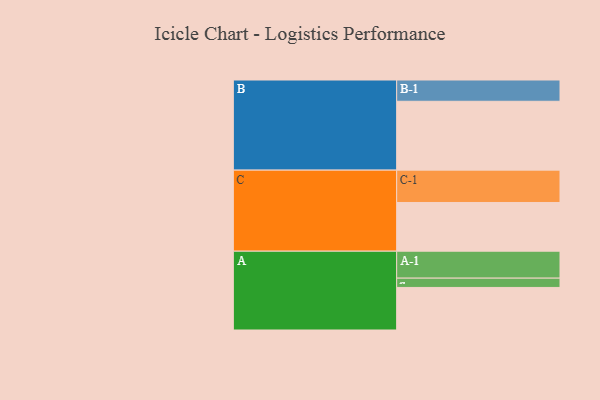
{"axis": {"x": "Segment", "y": "Value"}, "legend": ["", "A", "B", "C"], "data": [{"x": "A", "y": 338, "type": ""}, {"x": "B", "y": 547, "type": ""}, {"x": "C", "y": 387, "type": ""}, {"x": "A-1", "y": 214, "type": "A"}, {"x": "A-2", "y": 74, "type": "A"}, {"x": "B-1", "y": 169, "type": "B"}, {"x": "C-1", "y": 257, "type": "C"}]}